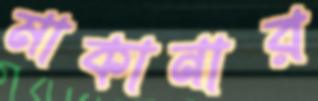
মাকানার